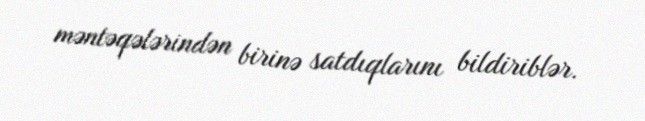
məntəqələrindən birinə satdıqlarını bildiriblər.